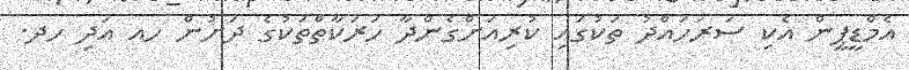
އެމްޑީޕީން އެކި ސަރަހައްދު ތަކުގައި ކުރިއަށްގެންދާ ހަރަކާތްތަކުގެ ދަށުން ހއ އަދި ހދ.